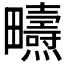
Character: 𤴃